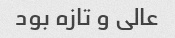
عالی و تازه بود